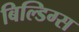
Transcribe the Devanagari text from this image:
बिल्डिग्स